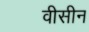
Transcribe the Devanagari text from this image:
वीसीन